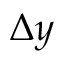
\Delta y